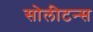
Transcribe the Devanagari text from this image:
सोलीटन्स